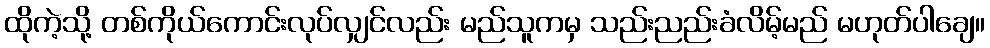
ထိုကဲ့သို့ တစ်ကိုယ်ကောင်းလုပ်လျှင်လည်း မည်သူကမှ သည်းညည်းခံလိမ့်မည် မဟုတ်ပါချေ။